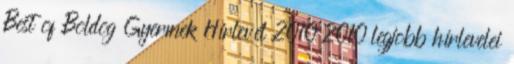
Best of Boldog Gyermek Hírlevél 2010 2010 legjobb hírlevelei